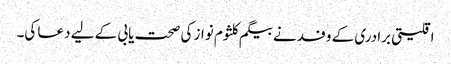
اقلیتی برادری کے وفد نے بیگم کلثوم نواز کی صحت یابی کے لیے دعا کی۔